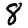
Digit: 8